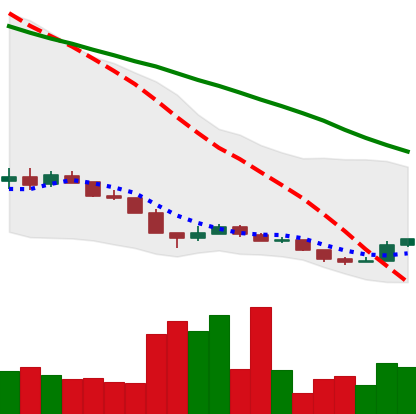
Ticker: XLM-USD
Chart end date: 2018-12-18
Forward return: 10.719%
Label: up_7plus